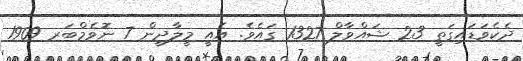
ދެކެވަޑައިގަތީ 23 ޝައްވާލް 1327 ގައެވެ. އެއީ މީލާދީން 7 ނޮވެމްބަރ 1909